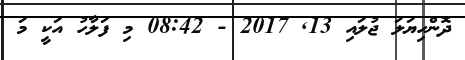
ދޮންހިޔަލަ ޖުލައި 13